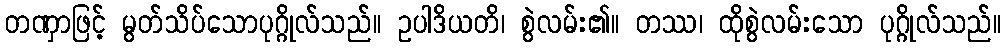
တဏှာဖြင့် မွတ်သိပ်သောပုဂ္ဂိုလ်သည်။ ဥပါဒိယတိ၊ စွဲလမ်း၏။ တဿ၊ ထိုစွဲလမ်းသော ပုဂ္ဂိုလ်သည်။